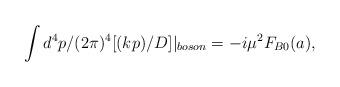
LaTeX: \begin{align*}\int d^{4}p/(2\pi)^{4}[(kp)/D]|_{boson}=-i\mu^{2}F_{B0}(a),\end{align*}